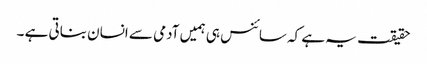
حقیقت یہ ہے کہ سائنس ہی ہمیں آدمی سے انسان بناتی ہے ۔